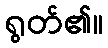
ရွတ်၏။